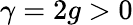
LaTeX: \gamma=2g>0